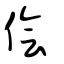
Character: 儈